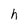
Character: h